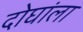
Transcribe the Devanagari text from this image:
दोघांला